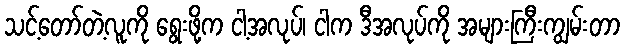
သင့်တော်တဲ့လူကို ရွေးဖို့က ငါ့အလုပ်၊ ငါက ဒီအလုပ်ကို အများကြီးကျွမ်းတာ